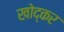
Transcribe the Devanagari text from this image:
खोद्कर